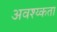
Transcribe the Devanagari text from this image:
अवश्य्कता